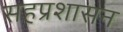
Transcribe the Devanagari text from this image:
सहप्रशासन